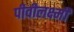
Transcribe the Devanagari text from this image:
पीवीलक्ष्मी